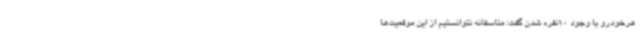
هرخودرو با وجود 10نفره شدن گفت: متاسفانه نتوانستیم از این موقعیت‌ها